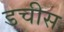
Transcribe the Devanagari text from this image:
डचीस